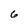
Character: 6